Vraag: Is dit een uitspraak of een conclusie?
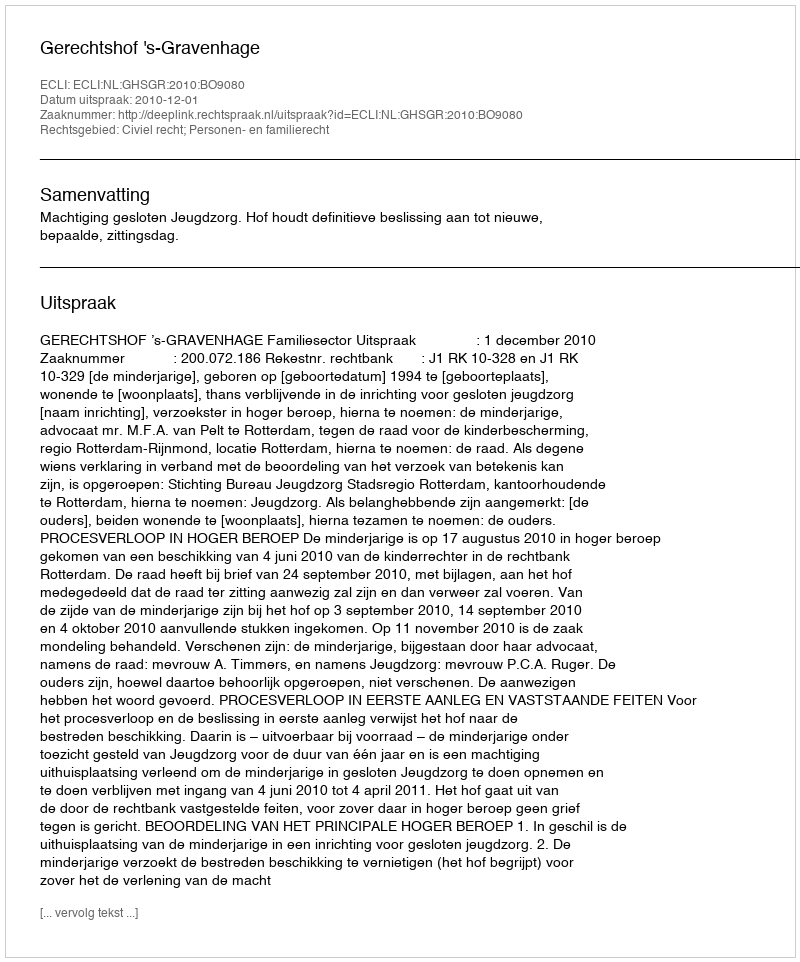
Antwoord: Uitspraak